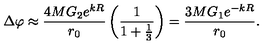
\Delta \varphi \approx \frac { 4 M G _ { 2 } e ^ { k R } } { r _ { 0 } } \left( \frac { 1 } { 1 + \frac { 1 } { 3 } } \right) = \frac { 3 M G _ { 1 } e ^ { - k R } } { r _ { 0 } } .